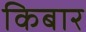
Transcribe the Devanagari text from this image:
किबार